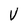
Character: V